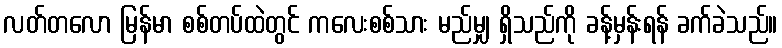
လတ်တလော မြန်မာ စစ်တပ်ထဲတွင် ကလေးစစ်သား မည်မျှ ရှိသည်ကို ခန့်မှန်းရန် ခက်ခဲသည်။